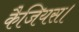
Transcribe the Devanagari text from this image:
कैजियस।